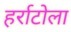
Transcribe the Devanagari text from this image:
हर्राटोला